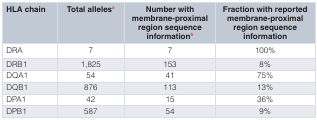
<table><thead><tr><td><b>HLA chain</b></td><td><b>Total alleles<sup>a</sup></b></td><td><b>Number withmembrane-proximalregion sequenceinformation<sup>b</sup></b></td><td><b>Fraction with reportedmembrane-proximalregion sequenceinformation</b></td></tr></thead><tbody><tr><td>DRA</td><td>7</td><td>7</td><td>100%</td></tr><tr><td>DRB1</td><td>1,825</td><td>153</td><td>8%</td></tr><tr><td>DQA1</td><td>54</td><td>41</td><td>75%</td></tr><tr><td>DQB1</td><td>876</td><td>113</td><td>13%</td></tr><tr><td>DPA1</td><td>42</td><td>15</td><td>36%</td></tr><tr><td>DPB1</td><td>587</td><td>54</td><td>9%</td></tr></tbody></table>